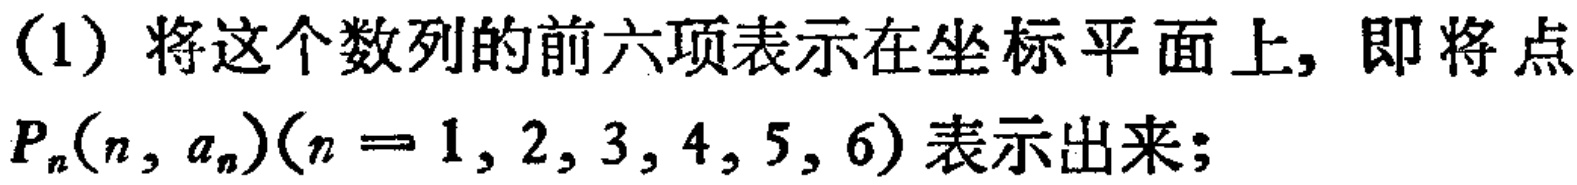
(1) 将这个数列的前六项表示在坐标平面上, 即将点$P_{n}(n,a_{n})(n = 1,2,3,4,5,6)$表示出来;